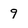
Character: 9